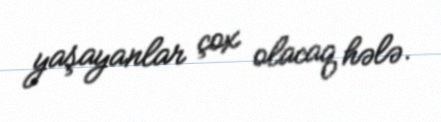
yaşayanlar çox olacaq hələ.